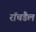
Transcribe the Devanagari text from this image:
रॉचडैल